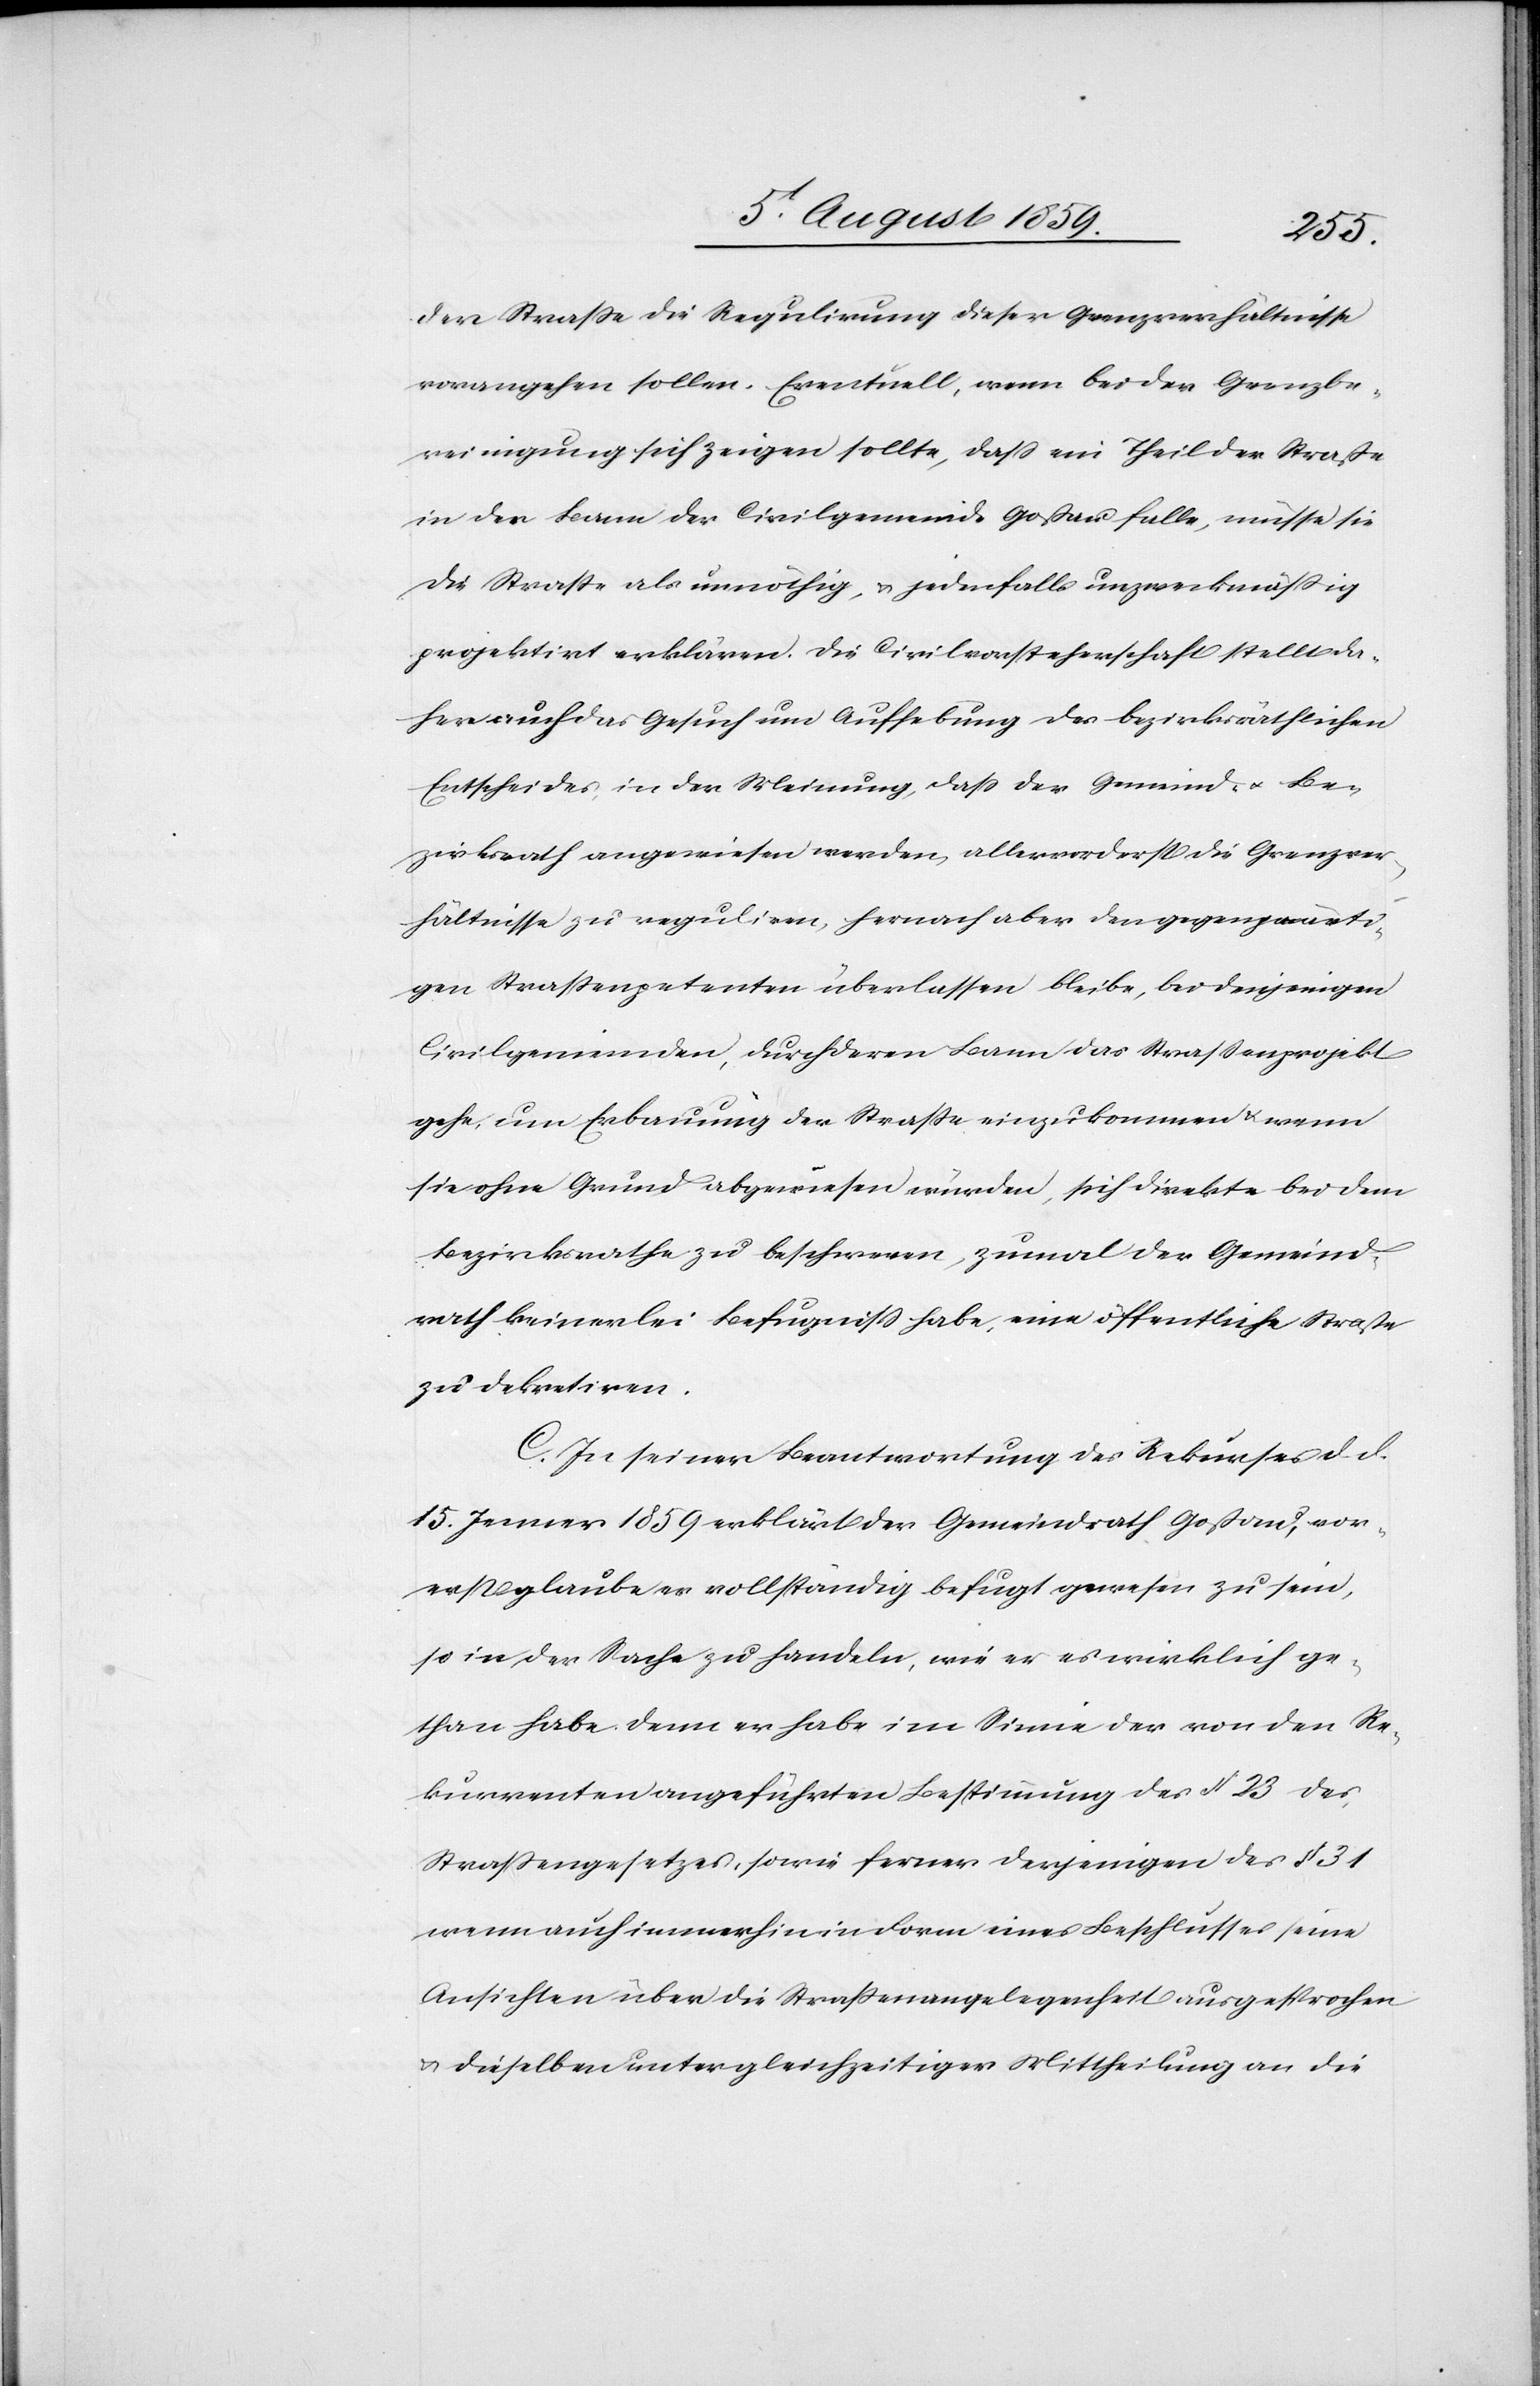
der Straße die Regulirung dieser Grenzverhältnisse
vorausgehen sollen. Eventuell, wenn bei der Grenzbe¬
reinigung sich zeigen sollte, daß ein Theil der Straße
in der [sic!] Bann der Civilgemeinde Goßau falle, müsse sie
die Straße als unnöthig, u. jedenfalls unzweckmäßig
projektirt erklären. Die Civilvorsteherschaft stellt da¬
her auch das Gesuch um Aufhebung des bezirksräthlichen
Entscheides, in der Meinung, daß der Gemeind- u. Be¬
zirksrath angewiesen werden allervorderst die Grenzver¬
hältnisse zu regulieren, hernach aber den gegenwärti¬
gen Straßenpetenten überlassen bleibe, bei denjenigen
Civilgemeinden, durch deren Bann das Straßenprojekt
gehe, um Erbauung der Straße einzukommen u. wenn
sie ohne Grund abgewiesen wurden, sich direkte bei dem
Bezirksrathe zu beschwerden, zumal der Gemeind¬
rath keinerlei Befugniß habe, eine öffentliche Straße
zu dekretieren.
C. In seiner Beantwortung des Rekurses d. d.
15. Jenner 1859 erklärt der Gemeindrath Goßau, vor¬
erst glaube er vollständig befugt gewesen zu sein,
so in der Sache zu handeln, wie er es wirklich ge¬
than habe denn er habe im Sinne der von den Re¬
kurrenten angeführten Bestimmung des § 23 des
Straßengesetzes, sowie ferner derjenigen des § 31
wenn auch immerhin in Form eines Beschlusses seine
Ansichten über die Straßenangelegenheit ausgesprochen
u. dieselben unter gleichzeitiger Mittheilung an die